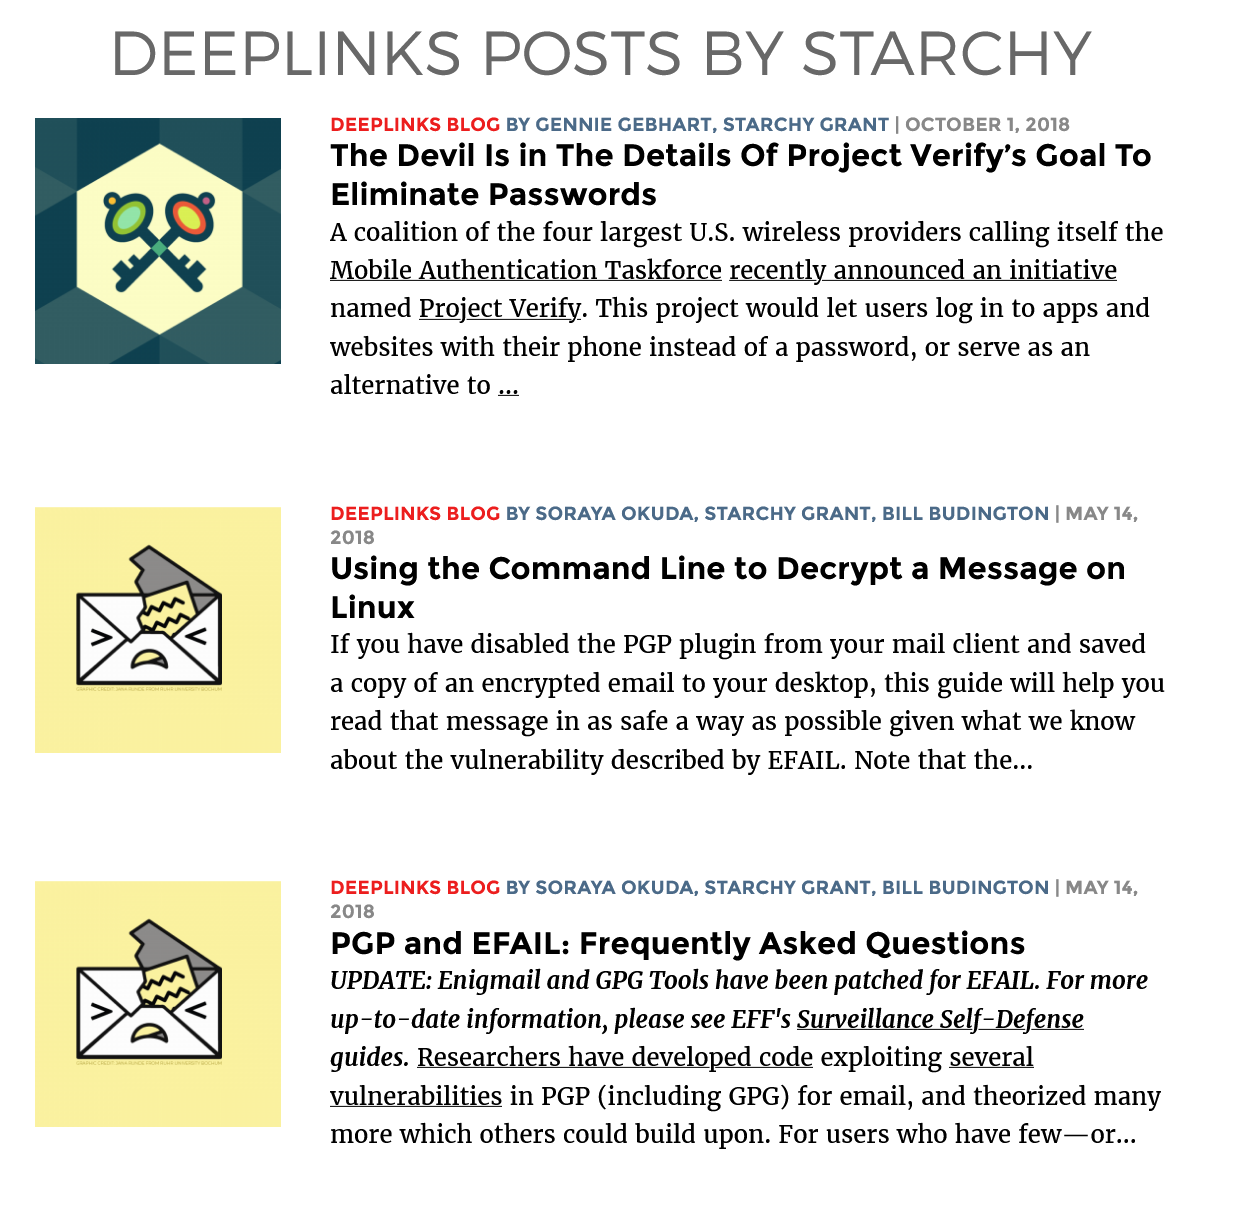
DEEPLINKS    POSTS    BY    STARCHY
     BY GENNIE GEBHARI, SIARCHY GRANT | OCTOSER I, 2018
     The  Devil Is in [ne  Details  Of Project  Verity's  Goal  Io
     Eliminate   Passwords
     A coalition of the four largest U.S. wireless providers calling itself the
     Mobile Authentication Taskforce recently announced an initiative
     named Project Verify. This project would let users log in to apps and
     websites with their phone instead of a password, or serve as an
     alternative to
     ...
     DEEPLINKS BLOG BY SORAYA OKUDA, STARCHY GRANT, BILL BUDINGTON | MAY 14,
     2018
     Using  the  Command   Line    to Decrypt   a  Message    on
     Linux
     If you have disabled the PGP plugin from your mail client and saved
     a copy of an encrypted email to your desktop, this guide will help you
     read that message in as safe a way as possible given what we know
     about the vulnerability described by EFAIL. Note that the...
     DEEPLINKS BLOG BY SORAYA OKUDA, STARCHY GRANT, BILL BUDINGTON | MAY 14,
     2018
     PGP  and  EFAIL:  Frequently    Asked   Questions
     UPDATE: Enigmail and GPG Tools have been patched for EFAIL. For more
     up-to-date information, please see EFF's Surveillance Self-Defense
     guides. Researchers have developed code exploiting several
     vulnerabilities in PGP (including GPG) for email, and theorized many
     more which others could build upon. For users who have few—or...